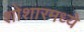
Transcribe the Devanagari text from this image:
शोंशारमध्ये